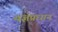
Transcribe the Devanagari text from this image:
यज्ञप्रधान